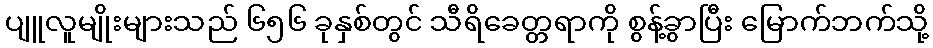
ပျူလူမျိုးများသည် ၆၅၆ ခုနှစ်တွင် သီရိခေတ္တရာကို စွန့်ခွာပြီး မြောက်ဘက်သို့